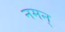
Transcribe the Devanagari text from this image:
नमन्